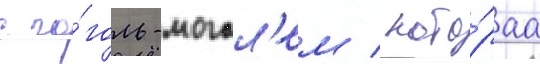
с го́голь-могол'ем / кото́раа